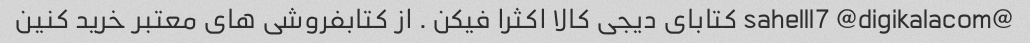
@sahelll7 @digikalacom کتابای دیجی کالا اکثرا فیکن . از کتابفروشی های معتبر خرید کنین